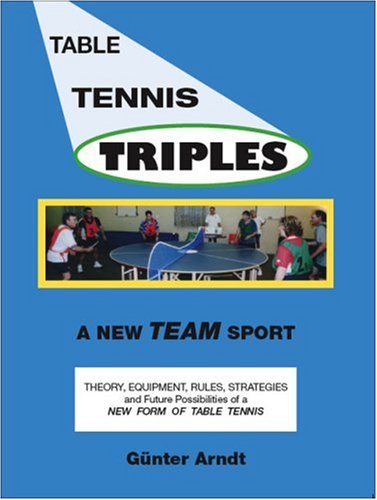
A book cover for Table Tennis Triples: A New Team Sport; GÃ¼nter Arndt; Sports & Outdoors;